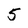
Character: 5